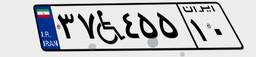
۵۵W۸۹۵۵۲